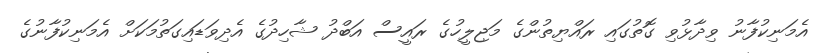
އެމަނިކުފާނު ވިދާޅުވި ގޮތުގައި ރައްޔިތުންގެ މަޖިލީހުގެ ރައީސް އަބްދު ޝާހިދުގެ އެދިވަޑައިގަތުމަކަށް އެމަނިކުފާނުގެ